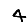
Digit: 4